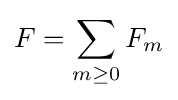
F=\sum _{m\geq 0}F_{m}